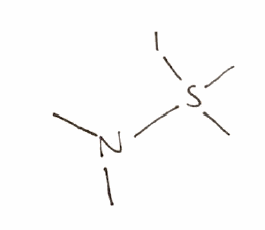
Simplified molecular-input line-entry system (SMILES) notation of the given molecule:
CN(C)S(C)(C)I